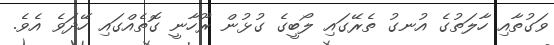
ވަގުތާއި ހާލަތުގެ އުނގު ތެރޭގައި ލޯބީގެ ގުޅުން ރޫހާނީ ގޮތެއްގައި ހޭދަވެ އެވެ.